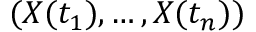
( X ( t _ { 1 } ) , \ldots , X ( t _ { n } ) )